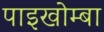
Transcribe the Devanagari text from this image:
पाइखोम्बा